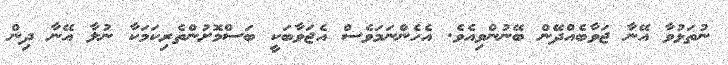
ނުތަޅުވާ އޭނާ ޖަވާބެއްދޭން ބޭނުންވިއެވެ. އެހެންނަމަވެސް އެޖަވާބަކީ ބަސްމޮށުންތެރިކަމަކާ ނުލާ އޭނާ ދިން